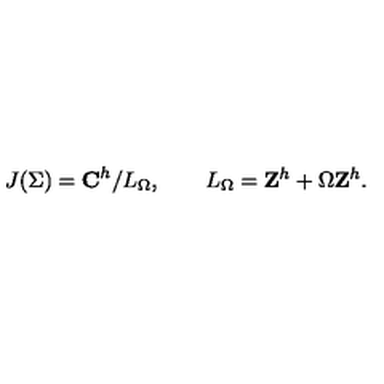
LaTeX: J ( \Sigma ) = { \bf C } ^ { h } / L _ { \Omega } , \qquad L _ { \Omega } = { \bf Z } ^ { h } + \Omega { \bf Z } ^ { h } .